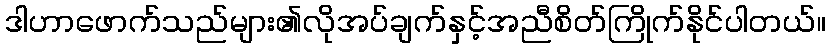
ဒါဟာဖောက်သည်များ၏လိုအပ်ချက်နှင့်အညီစိတ်ကြိုက်နိုင်ပါတယ်။